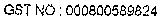
GST NO: 000800589824